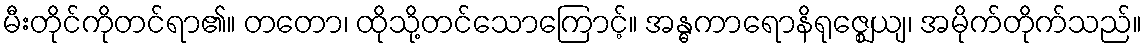
မီးတိုင်ကိုတင်ရာ၏။ တတော၊ ထိုသို့တင်သောကြောင့်။ အန္ဓကာရောနိရုဇ္ဈေယျ၊ အမိုက်တိုက်သည်။